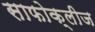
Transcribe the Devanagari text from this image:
साफोक्लीज